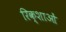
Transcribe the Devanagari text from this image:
रिक्शाओं